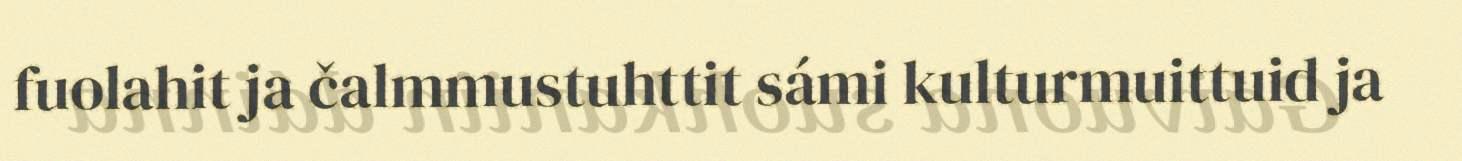
fuolahit ja čalmmustuhttit sámi kulturmuittuid ja